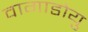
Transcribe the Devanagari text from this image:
वागाडोयु